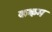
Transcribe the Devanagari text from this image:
कऴम